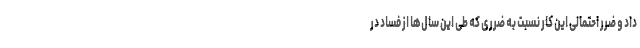
داد و ضرر احتمالی این کار نسبت به ضرری که طی این سال‌ها از فساد در